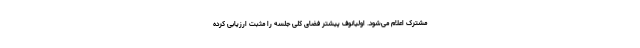
مشترک اعلام می‌شود. اولیانوف پیشتر فضای کلی جلسه را مثبت ارزیابی کرده